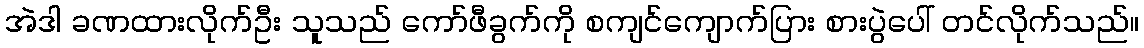
အဲဒါ ခဏထားလိုက်ဦး သူသည် ကော်ဖီခွက်ကို စကျင်ကျောက်ပြား စားပွဲပေါ် တင်လိုက်သည်။